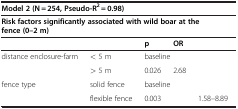
<table><thead><tr><td colspan="5"><b>Model 2 (N = 254, Pseudo-R<sup>2</sup> = 0.98)</b></td></tr></thead><tbody><tr><td colspan="5"><b>Risk factors significantly associated with wild boar at the fence (0–2 m)</b></td></tr><tr><td colspan="2">[EMPTY_CELL]</td><td><b>p</b></td><td><b>OR</b></td><td>[EMPTY_CELL]</td></tr><tr><td rowspan="2">distance enclosure-farm</td><td>&lt; 5 m</td><td colspan="3">baseline</td></tr><tr><td>&gt; 5 m</td><td>0.026</td><td>2.68</td><td>[EMPTY_CELL]</td></tr><tr><td>fence type</td><td>solid fence</td><td colspan="3">baseline</td></tr><tr><td>[EMPTY_CELL]</td><td>flexible fence</td><td>0.003</td><td>[EMPTY_CELL]</td><td>1.58–8.89</td></tr></tbody></table>